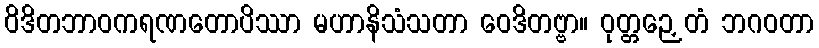
ဝိဒိတဘာဝကရဏတောပိဿာ မဟာနိသံသတာ ဝေဒိတဗ္ဗာ။ ဝုတ္တဉှေတံ ဘဂဝတာ